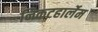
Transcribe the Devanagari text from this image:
निकटहार्लेम